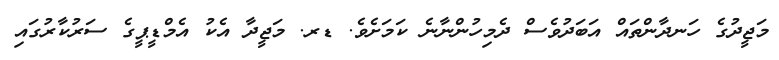
މަޖީދުގެ ހަނދާންތައް އަބަދުވެސް ދެމިހުންނާނެ ކަމަށެވެ. ޑރ. މަޖީދާ އެކު އެމްޑީޕީގެ ސަރުކާރުގައި